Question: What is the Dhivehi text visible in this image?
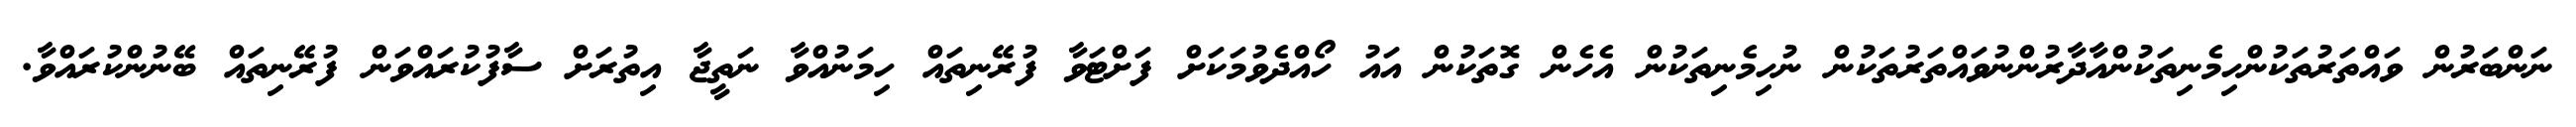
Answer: ނަންބަރުން ވައްތަރުތަކުންހިމެނިތަކުންއާދާރުންނުވައްތަރުތަކުން ނުހިމެނިތަކުން އެހެން ގޮތަކުން އައު ހޯއްދެވުމަކަށް ފަށްޓަވާ ފުރޭނިތައް ހިމަނުއްވާ ނަތީޖާ އިތުރަށް ސާފުކުރައްވަން ފުރޭނިތައް ބޭނުންކުރައްވާ.